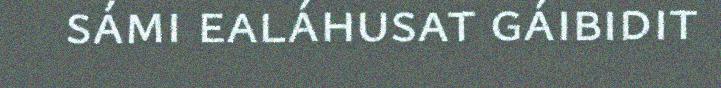
sámi ealáhusat gáibidit